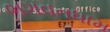
ભગવતધામ